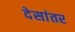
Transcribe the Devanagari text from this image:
देसांतर